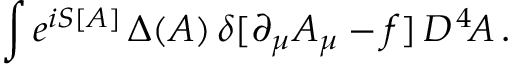
\int e ^ { i S [ A ] } \, \Delta ( A ) \, \delta [ \partial _ { \mu } A _ { \mu } - f ] \, { \cal D } ^ { \, 4 } \! A \, .